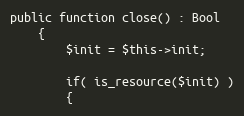
Language: PHP
public function close() : Bool
    {
        $init = $this->init;

        if( is_resource($init) )
        {